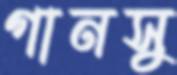
গানসু